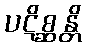
ပဋိစ္ဆန္တိ